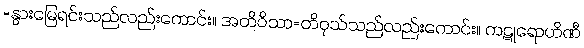
=နွားမြေရင်းသည်လည်းကောင်း။ အတိဝိသာ=တိဝုသ်သည်လည်းကောင်း။ ကဋုရောဟိဏီ